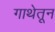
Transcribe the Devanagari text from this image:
गाथेतून